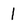
Character: 1